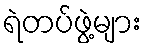
ရဲတပ်ဖွဲ့များ